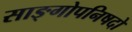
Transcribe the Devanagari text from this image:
साङ्गोपनिषदो